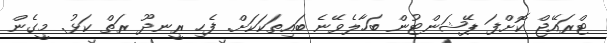
ޓްރައޭޖް ކޮށްފަ ޕޭޝަންޓުން ބަހާލެވޭނެ ބައިތަކަކަށް. ފެހި ރީނދޫ ރަތް ކަޅު. މީގެން